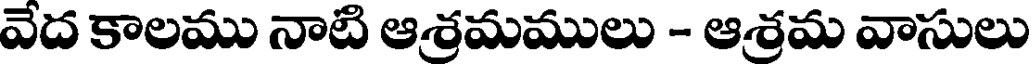
వేద కాలము నాటి ఆశ్రమములు - ఆశ్రమ వాసులు